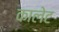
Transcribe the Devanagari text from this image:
कालेट